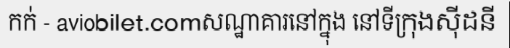
កក់ - aviobilet.comសណ្ឋាគារនៅក្នុង នៅទីក្រុងស៊ីដនី